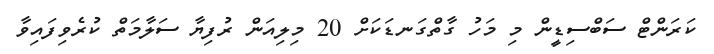
ކަރަންޓް ސަބްސިޑީން މި މަހު ގާތްގަނޑަކަށް 20 މިލިއަން ރުފިޔާ ސަލާމަތް ކުރެވިފައިވާ